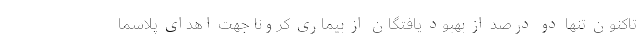
تاکنون تنها دو درصد از بهبود یافتگان از بیماری کرونا جهت اهدای پلاسما